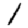
Digit: 1